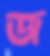
জ